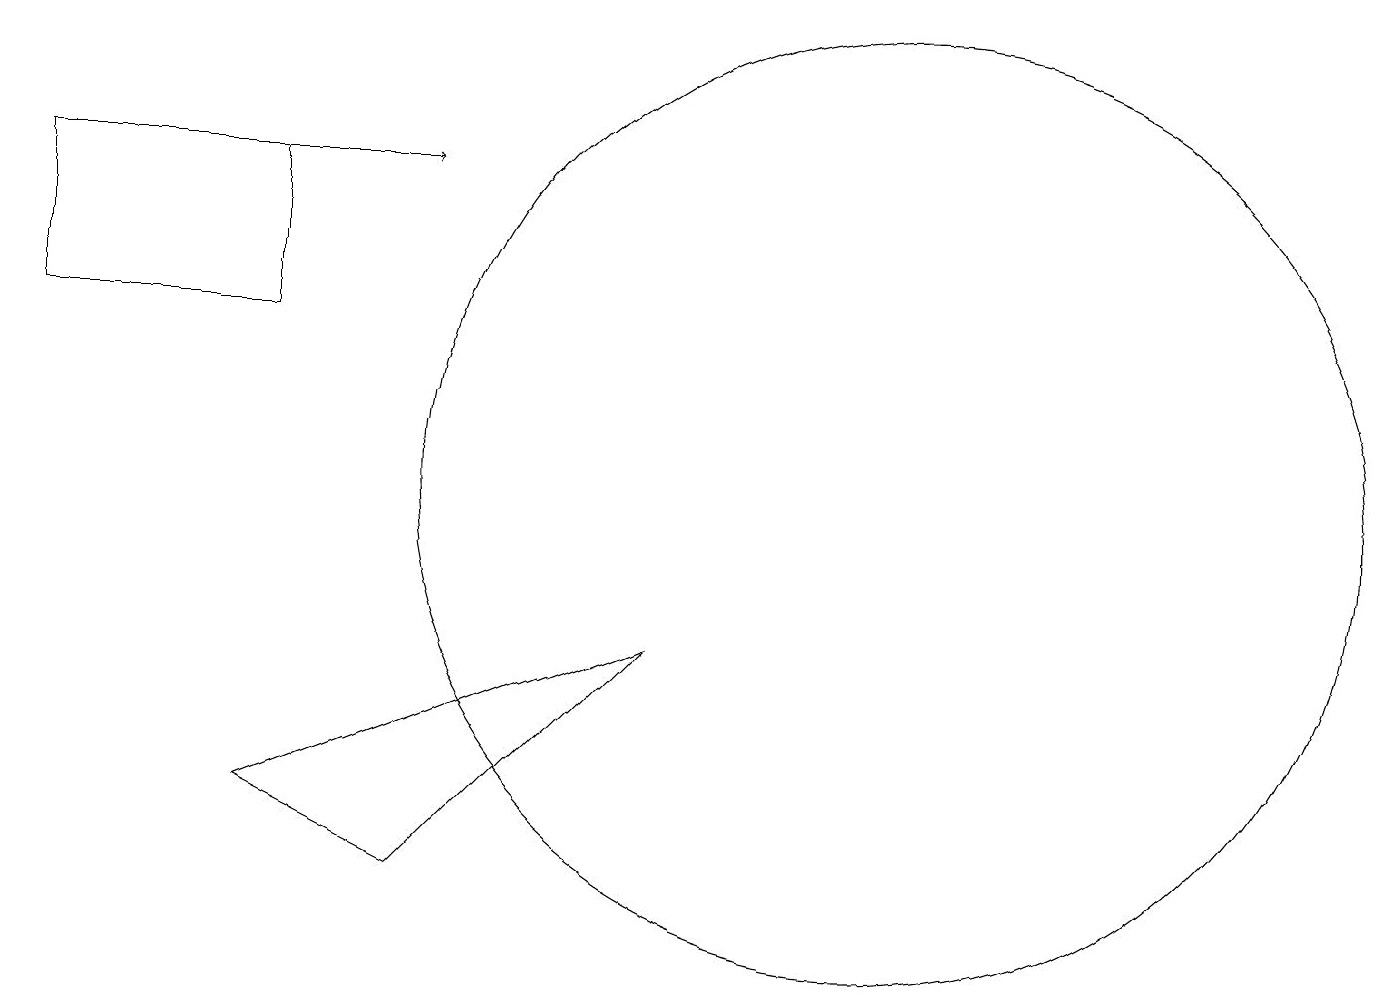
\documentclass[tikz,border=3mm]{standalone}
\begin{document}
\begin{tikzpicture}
\draw[->] (0,14) -- (5,14);
\draw (11,10) circle (6);
\draw (3,14) rectangle (0,12);
\draw (3,6) -- (5,5) -- (8,8) -- cycle;
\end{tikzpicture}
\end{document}